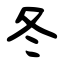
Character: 冬